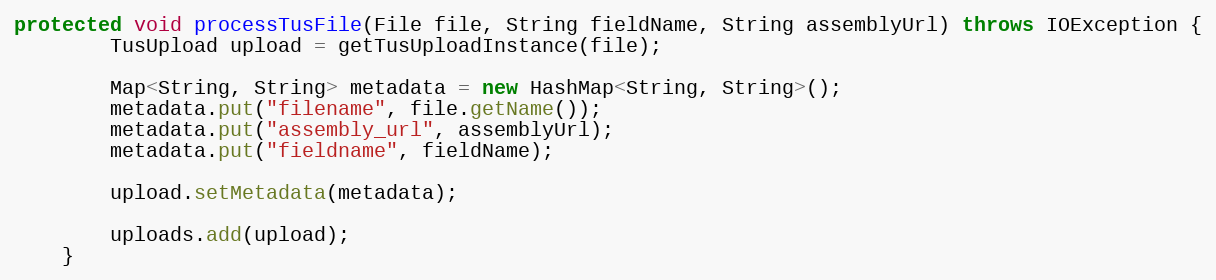
Language: Java
protected void processTusFile(File file, String fieldName, String assemblyUrl) throws IOException {
        TusUpload upload = getTusUploadInstance(file);

        Map<String, String> metadata = new HashMap<String, String>();
        metadata.put("filename", file.getName());
        metadata.put("assembly_url", assemblyUrl);
        metadata.put("fieldname", fieldName);

        upload.setMetadata(metadata);

        uploads.add(upload);
    }